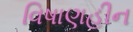
વિષાણહીન